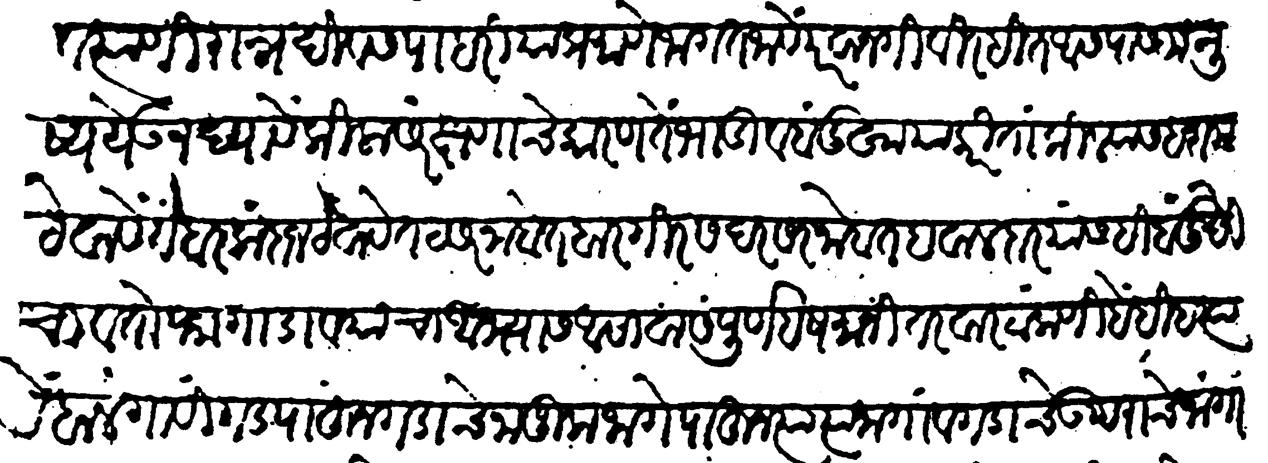
Transliteration (Devanagari): ठेवावे त्यांणी रात्रंदिवस पाहरियाप्रमाणे जागत जावें परवानगी विरहित आसपास मनुष्य येऊं न द्यावें किल्लासंरक्षणाचें कारण तें भांडीं व बंदुक्खा याकरिता किल्ल्याला संरक्षणाचे हशम ठेवावे ते बरकंदाज ठेवावे तट सरनोबत बारगीर सदरसरनोबत हवालदार यांसही बंदुक्खीचा व तोफा गाडावयाचा अभ्यास आसावा संपूर्ण हशमानी तरवार टाकणी हे ही हत्यारें बाळगावी गड पाहून गडाचे नाजूक जागे पाहून त्या त्या जागा व गडाचे उपराचे जागा